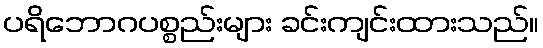
ပရိဘောဂပစ္စည်းများ ခင်းကျင်းထားသည်။